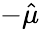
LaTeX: -\hat{\mu}